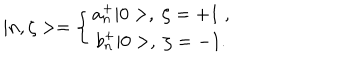
LaTeX: | n , \zeta > = \left\{ \begin{array} { c } { { a _ { n } ^ { + } | 0 > , \; \zeta = + 1 \; , } } \\ { { b _ { n } ^ { + } | 0 > , \; \zeta = - 1 . } } \\ \end{array} \right.